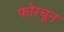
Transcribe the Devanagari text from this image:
फोरचून